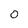
Character: O